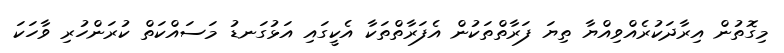
މިގޮތުން އިރާދަކުރެއްވިއްޔާ ތިޔަ ފަރާތްތަކުން އެފަރާތްތަކާ އެކީގައި އަޅުގަނޑު މަސައްކަތް ކުރަންހުރި ވާހަކަ